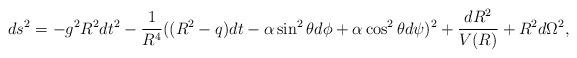
LaTeX: \begin{align*}ds^2 = -g^2R^2dt^2 - \frac{1}{R^4}((R^2-q)dt - \alpha\sin^2\theta d\phi +\alpha\cos^2\theta d\psi)^2 + \frac{dR^2}{V(R)} + R^2d\Omega^2,\end{align*}